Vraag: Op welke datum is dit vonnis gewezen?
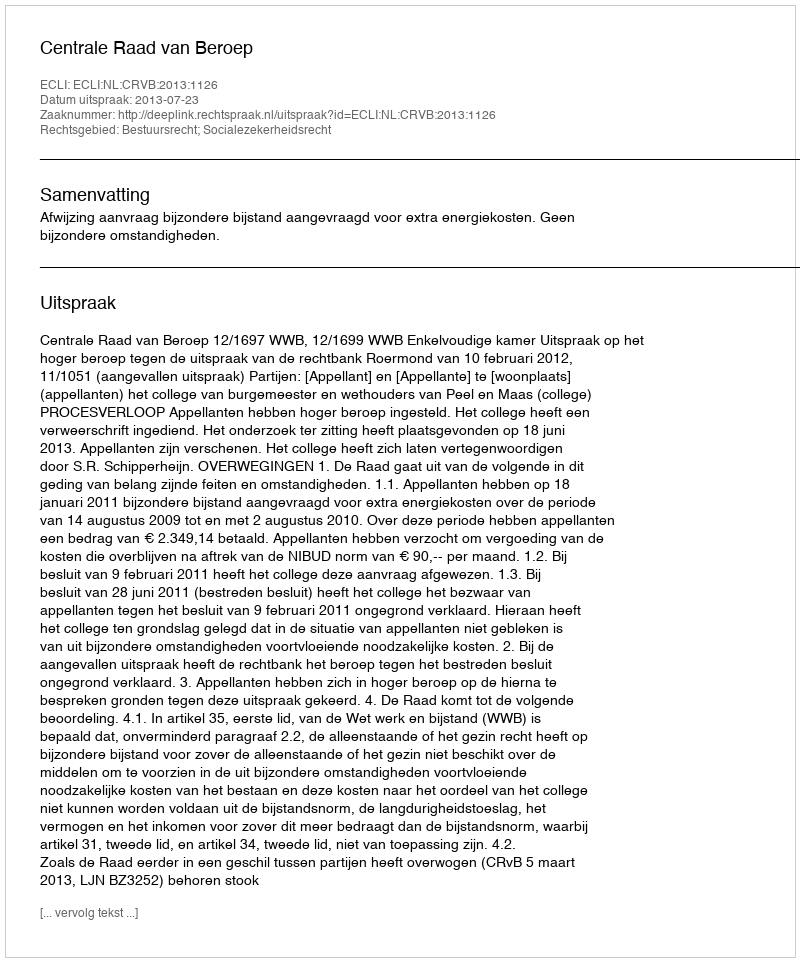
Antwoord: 2013-07-23